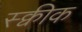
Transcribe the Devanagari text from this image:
स्क्वीक